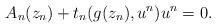
LaTeX: \begin{align*} A_n (z_n) + t_n (g (z_n), u^n) u^n = 0. \end{align*}